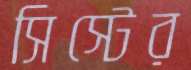
সিস্টের